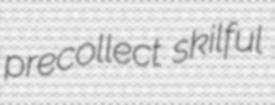
precollect skilful